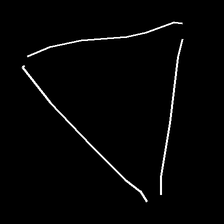
Glyph: convergence